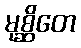
မုစ္ဆိတေ